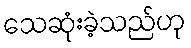
သေဆုံးခဲ့သည်ဟု